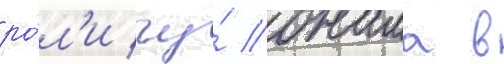
ро́л'и чу́ онама в